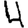
Digit: 4